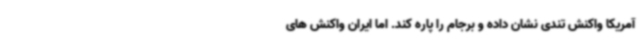
آمریکا واکنش تندی نشان داده و برجام را پاره کند. اما ایران واکنش ‌های